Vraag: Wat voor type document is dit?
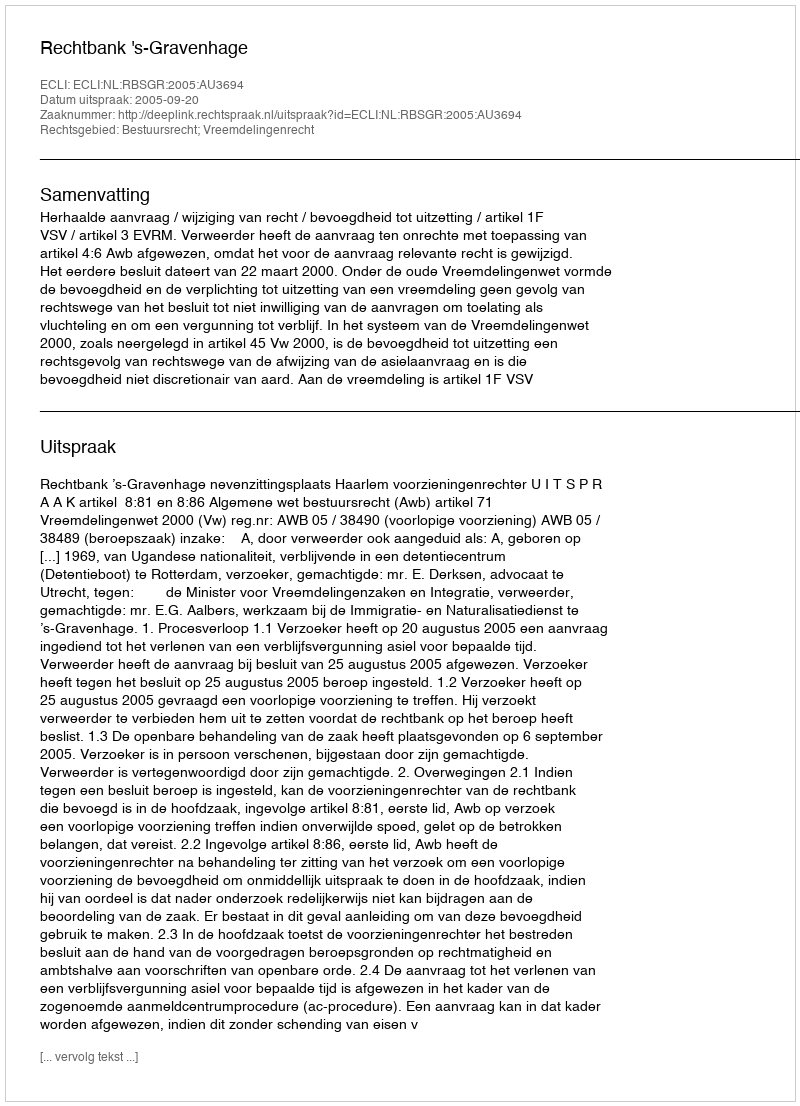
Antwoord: Uitspraak